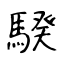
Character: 騤